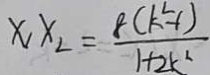
x _ { 1 } x _ { 2 } = \frac { 8 ( k ^ { 2 } - 1 ) } { 1 + 2 k ^ { 2 } }